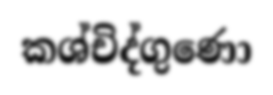
කශ්චිද්ගුණො